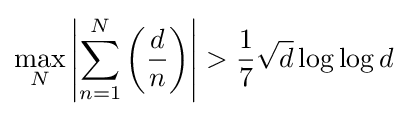
\max _{N}\left|\sum _{n=1}^{N}\left({\frac {d}{n}}\right)\right|>{\frac {1}{7}}{\sqrt {d}}\log \log d